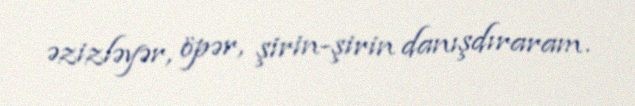
əzizləyər, öpər, şirin-şirin danışdıraram.